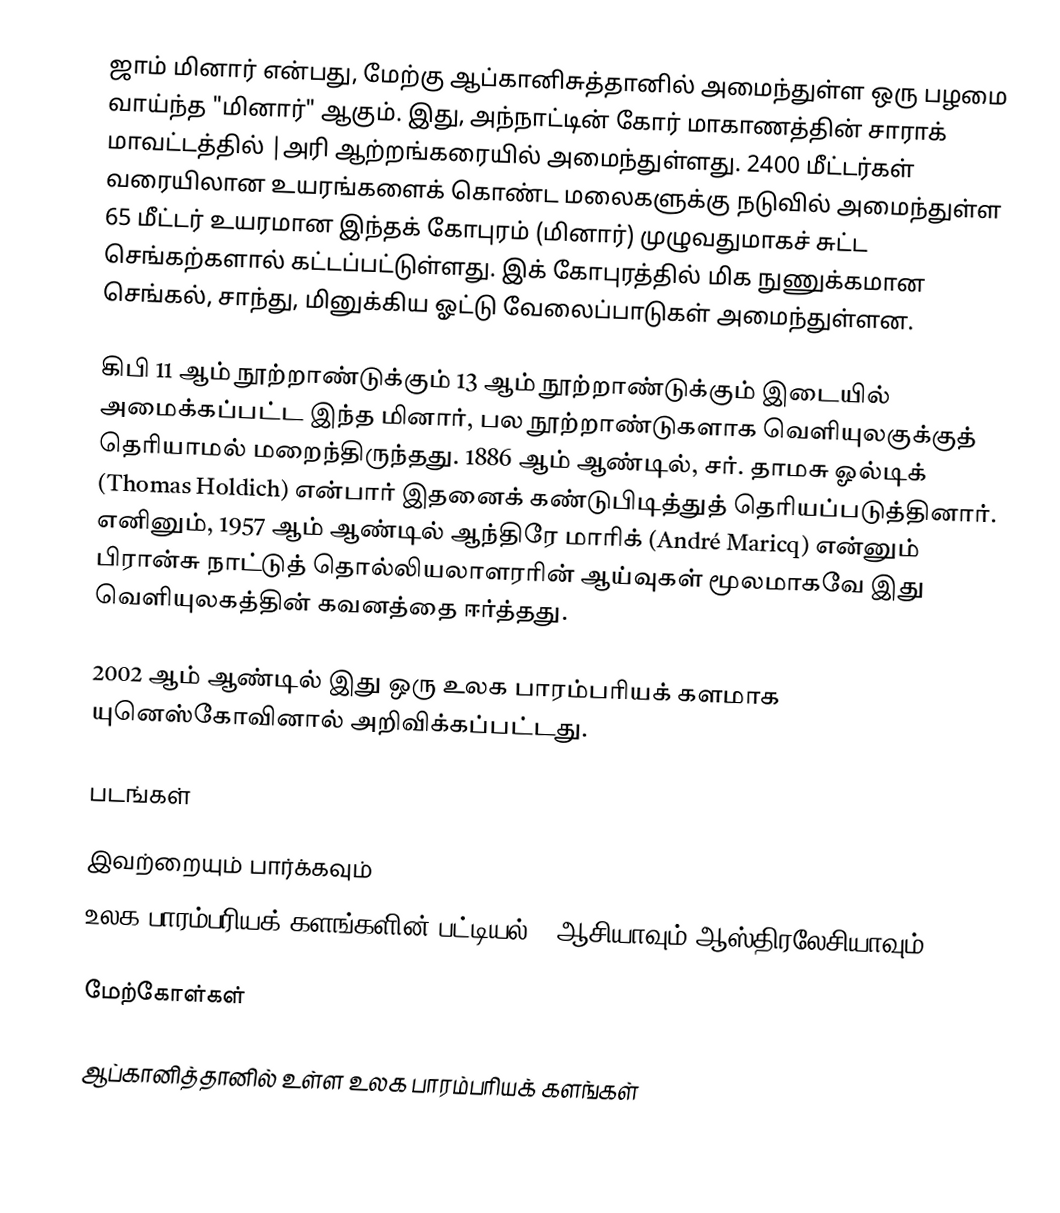
ஜாம் மினார் என்பது, மேற்கு ஆப்கானிசுத்தானில் அமைந்துள்ள ஒரு பழமை வாய்ந்த "மினார்" ஆகும். இது, அந்நாட்டின் கோர் மாகாணத்தின் சாராக் மாவட்டத்தில் |அரி ஆற்றங்கரையில் அமைந்துள்ளது. 2400 மீட்டர்கள் வரையிலான உயரங்களைக் கொண்ட மலைகளுக்கு நடுவில் அமைந்துள்ள 65 மீட்டர் உயரமான இந்தக் கோபுரம் (மினார்) முழுவதுமாகச் சுட்ட செங்கற்களால் கட்டப்பட்டுள்ளது. இக் கோபுரத்தில் மிக நுணுக்கமான செங்கல், சாந்து, மினுக்கிய ஓட்டு வேலைப்பாடுகள் அமைந்துள்ளன.

கிபி 11 ஆம் நூற்றாண்டுக்கும் 13 ஆம் நூற்றாண்டுக்கும் இடையில் அமைக்கப்பட்ட இந்த மினார், பல நூற்றாண்டுகளாக வெளியுலகுக்குத் தெரியாமல் மறைந்திருந்தது. 1886 ஆம் ஆண்டில், சர். தாமசு ஓல்டிக் (Thomas Holdich) என்பார் இதனைக் கண்டுபிடித்துத் தெரியப்படுத்தினார். எனினும், 1957 ஆம் ஆண்டில் ஆந்திரே மாரிக் (André Maricq) என்னும் பிரான்சு நாட்டுத் தொல்லியலாளரரின் ஆய்வுகள் மூலமாகவே இது வெளியுலகத்தின் கவனத்தை ஈர்த்தது.

2002 ஆம் ஆண்டில் இது ஒரு உலக பாரம்பரியக் களமாக யுனெஸ்கோவினால் அறிவிக்கப்பட்டது.

படங்கள்

இவற்றையும் பார்க்கவும்
 உலக பாரம்பரியக் களங்களின் பட்டியல் - ஆசியாவும் ஆஸ்திரலேசியாவும்

மேற்கோள்கள்

ஆப்கானித்தானில் உள்ள உலக பாரம்பரியக் களங்கள்